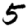
Digit: 5